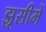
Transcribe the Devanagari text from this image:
झूसीमें